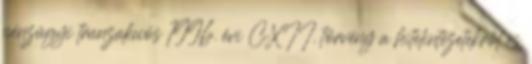
pénzügyi tranzakciós 1996. évi CXII. törvény a hitelintézetekről és